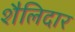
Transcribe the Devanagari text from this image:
शैलिदार